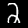
Label: 2